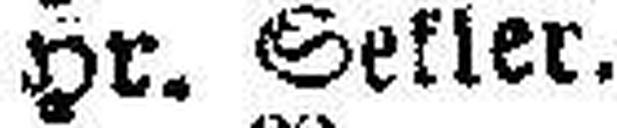
Hr. Sekler.